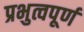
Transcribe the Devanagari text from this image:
प्रभुत्वपूर्ण